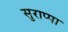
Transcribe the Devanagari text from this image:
सुराप्पा